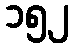
၁၅၂